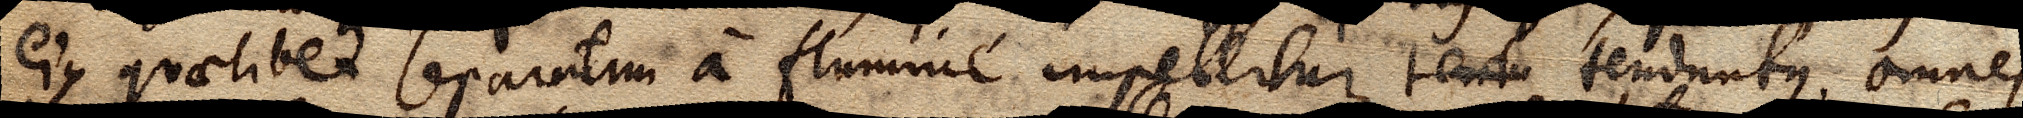
ejus quaelibet separatim a flumine impellitur tendu tenduntque omnes